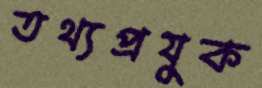
তথ্যপ্রযুক